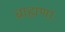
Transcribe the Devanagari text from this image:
ब्राह्मणाः